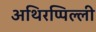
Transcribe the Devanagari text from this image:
अथिरप्पिल्ली